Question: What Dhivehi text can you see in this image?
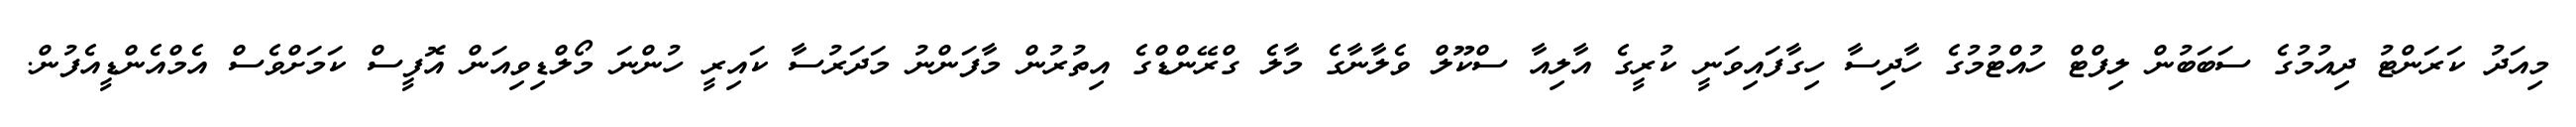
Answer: މިއަދު ކަރަންޓު ދިއުމުގެ ސަބަބުން ލިފްޓް ހުއްޓުމުގެ ހާދިސާ ހިގާފައިވަނީ ކުރީގެ އާލިއާ ސްކޫލް ވެލާނާގެ މާލެ ގްރޭންޑްގެ އިތުރުން މާފަންނު މަދަރުސާ ކައިރީ ހުންނަ މޯލްޑިވިއަން އޮފީސް ކަމަށްވެސް އެމްއެންޑީއެފުން.